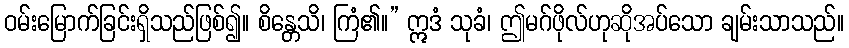
ဝမ်းမြောက်ခြင်းရှိသည်ဖြစ်၍။ စိန္တေသိ၊ ကြံ၏။” ဣဒံ သုခံ၊ ဤမဂ်ဖိုလ်ဟုဆိုအပ်သော ချမ်းသာသည်။